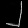
Digit: ၂